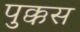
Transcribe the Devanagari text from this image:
पुक्कस